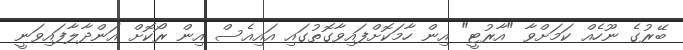
ބޭރުގެ ނޫހެއް ކަމަށްވާ "އާރުޓީ" އިން ހާމަކޮށްފައިވާގޮތުގައި އައިއެސް އިން ރޯކޮށް އަންދާލާފައިވަނީ